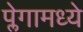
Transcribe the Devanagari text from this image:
प्लेगामध्ये